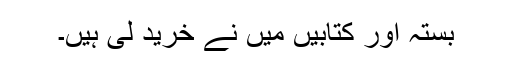
بستہ اور کتابیں مَیں نے خرید لی ہیں۔